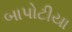
બાપોટીયા